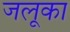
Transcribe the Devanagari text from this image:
जलूका